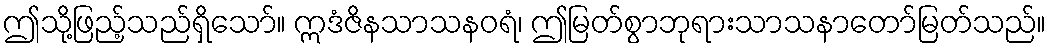
ဤသို့ဖြည့်သည်ရှိသော်။ ဣဒံဇိနသာသနဝရံ၊ ဤမြတ်စွာဘုရားသာသနာတော်မြတ်သည်။